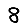
Digit: 8